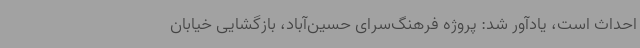
احداث است، یادآور شد: پروژه فرهنگ‌سرای حسین‌آباد، بازگشایی خیابان